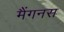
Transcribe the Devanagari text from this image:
मैंगनस